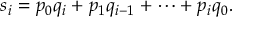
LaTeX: s _ { i } = p _ { 0 } q _ { i } + p _ { 1 } q _ { i - 1 } + \cdots + p _ { i } q _ { 0 } .